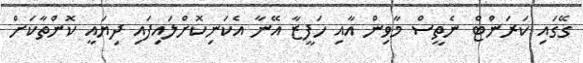
ގޭގައި ކަރަންޓް ނެތީސް މާވިން އާއި ހަފީޒާ އޭނާ އެކަނިކޮށްލައިފައި ދިޔައީ ކޮންތާކަށް